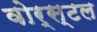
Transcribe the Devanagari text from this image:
वोर्स्टल